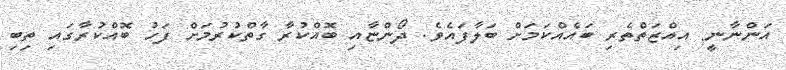
އަންނާނީ